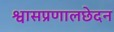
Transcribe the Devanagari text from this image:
श्वासप्रणालछेदन